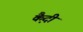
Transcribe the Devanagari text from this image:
कै़दी